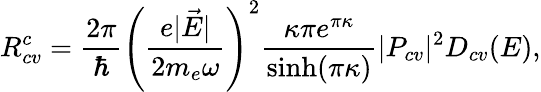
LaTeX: R_{cv}^{c}=\frac{2\pi}{\hbar}\left(\frac{e|\vec{E}|}{2m_{e}\omega}\right)^{2}\frac{\kappa\pi e^{\pi\kappa}}{\textrm{sinh}(\pi\kappa)}|P_{cv}|^{2}D_{cv}(E),